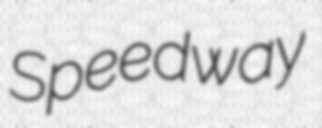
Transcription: Speedway